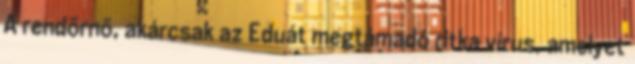
A rendõrnõ, akárcsak az Eduát megtámadó ritka vírus, amelyet